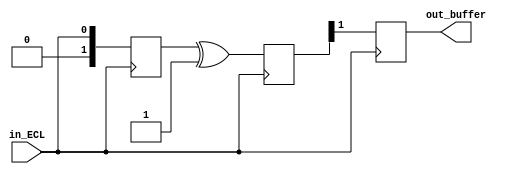
module ECL_buffer (
    input wire in_ECL,
    output reg out_buffer
);

reg [1:0] differential_output;
reg [1:0] level_shifted_output;

always @ (posedge in_ECL) begin
    differential_output <= in_ECL;
    level_shifted_output <= differential_output ^ 2'b01; // Level shifter
    out_buffer <= level_shifted_output[1]; // Drive circuit output
end

endmodule